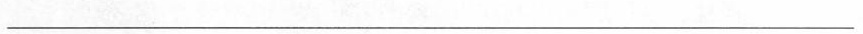
___